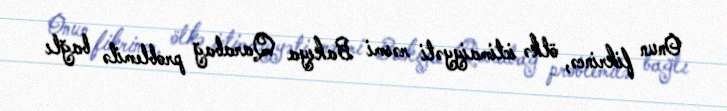
Onun fikrincə, ölkə ictimaiyyəti rəsmi Bakıya Qarabağ problemilə bağlı